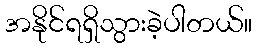
အနိုင်ရရှိသွားခဲ့ပါတယ်။